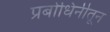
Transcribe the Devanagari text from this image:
प्रबोधिनीतून